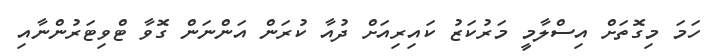
ހަމަ މިގޮތަށް އިސްލާމީ މަރުކަޒު ކައިރިއަށް ދުއާ ކުރަން އަންނަން ގޮވާ ޓްވިޓަރުންނާއި